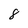
Character: 8